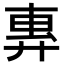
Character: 𫸜